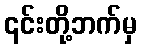
၎င်းတို့ဘက်မှ